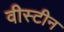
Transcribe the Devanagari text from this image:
वीस्टीन